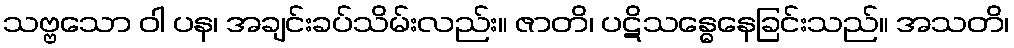
သဗ္ဗသော ဝါ ပန၊ အချင်းခပ်သိမ်းလည်း။ ဇာတိ၊ ပဋိသန္ဓေနေခြင်းသည်။ အသတိ၊